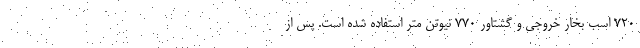
720 اسب بخار خروجی و گشتاور 770 نیوتن متر استفاده شده است. پس از